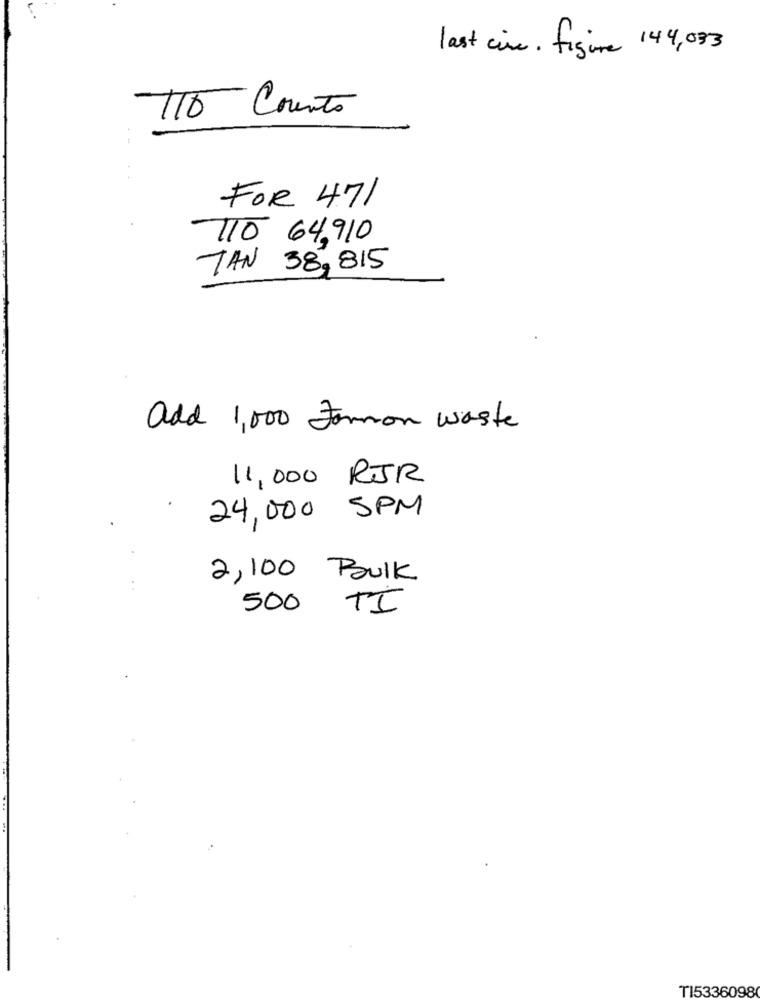
last cine. figure 144,033
115 Counts
FOR 471
710 64,910
TAN 38,815
add 1,000 Formon waste
11,000 RJR
24,000 5PM
2,100 Bulk
500 TI
TI5336098